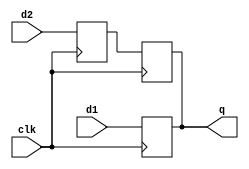
module oddr #
(
    parameter TARGET = "GENERIC",
    parameter IODDR_STYLE = "IODDR2",
    parameter WIDTH = 1
)
(
    input  wire             clk,
    input  wire [WIDTH-1:0] d1,
    input  wire [WIDTH-1:0] d2,
    output wire [WIDTH-1:0] q
);
genvar n;
generate
if (TARGET == "XILINX") begin
    for (n = 0; n < WIDTH; n = n + 1) begin : oddr
        if (IODDR_STYLE == "IODDR") begin
            ODDR #(
                .DDR_CLK_EDGE("SAME_EDGE"),
                .SRTYPE("ASYNC")
            )
            oddr_inst (
                .Q(q[n]),
                .C(clk),
                .CE(1'b1),
                .D1(d1[n]),
                .D2(d2[n]),
                .R(1'b0),
                .S(1'b0)
            );
        end else if (IODDR_STYLE == "IODDR2") begin
            ODDR2 #(
                .DDR_ALIGNMENT("C0"),
                .SRTYPE("ASYNC")
            )
            oddr_inst (
                .Q(q[n]),
                .C0(clk),
                .C1(~clk),
                .CE(1'b1),
                .D0(d1[n]),
                .D1(d2[n]),
                .R(1'b0),
                .S(1'b0)
            );
        end
    end
end else if (TARGET == "ALTERA") begin
    altddio_out #(
        .WIDTH(WIDTH),
        .POWER_UP_HIGH("OFF"),
        .OE_REG("UNUSED")
    )
    altddio_out_inst (
        .aset(1'b0),
        .datain_h(d1),
        .datain_l(d2),
        .outclocken(1'b1),
        .outclock(clk),
        .aclr(1'b0),
        .dataout(q)
    );
end else begin
    reg [WIDTH-1:0] d_reg_1 = {WIDTH{1'b0}};
    reg [WIDTH-1:0] d_reg_2 = {WIDTH{1'b0}};
    reg [WIDTH-1:0] q_reg = {WIDTH{1'b0}};
    always @(posedge clk) begin
        d_reg_1 <= d1;
        d_reg_2 <= d2;
    end
    always @(posedge clk) begin
        q_reg <= d1;
    end
    always @(negedge clk) begin
        q_reg <= d_reg_2;
    end
    assign q = q_reg;
end
endgenerate
endmodule